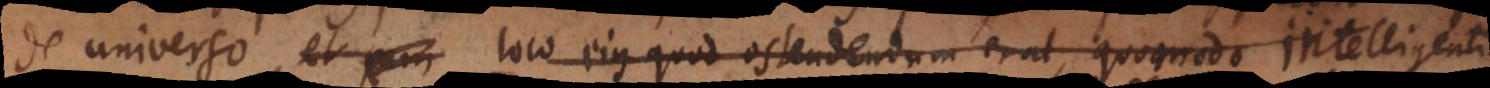
de universo, et loco ejus quod ostendendum erat, quomodo intelligentia